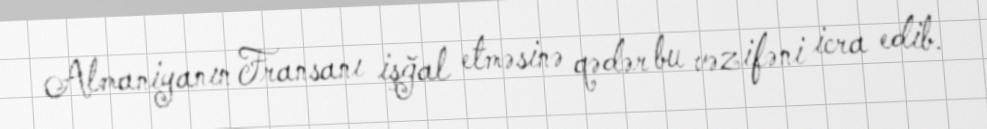
Almaniyanın Fransanı işğal etməsinə qədər bu vəzifəni icra edib.